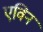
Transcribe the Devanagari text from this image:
एविन